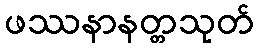
ဖဿနာနတ္တသုတ်